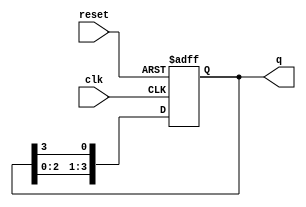
module async_ring_counter (
    input wire clk,        // Clock input
    input wire reset,      // Asynchronous reset
    output reg [3:0] q     // 4-bit output
);

    // Initial state
    initial begin
        q = 4'b0001; // Initialize the counter to 0001
    end

    always @(posedge clk or posedge reset) begin
        if (reset) begin
            q <= 4'b0001; // Reset to initial state
        end else begin
            // Shift the bits
            q <= {q[2:0], q[3]}; // Shift right and feed back the last bit
        end
    end

endmodule